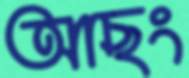
আছং